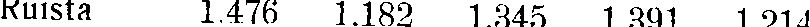
Ruista 1.476 1.182 1.345 1 391 1 214